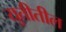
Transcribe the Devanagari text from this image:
युतीतील